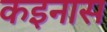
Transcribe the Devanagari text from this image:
कइनास